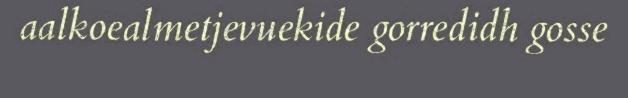
aalkoealmetjevuekide gorredidh gosse